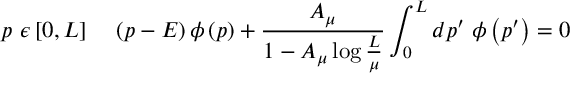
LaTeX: p \ \epsilon \left[ 0 , L \right] \; \; \; \; \left( p - E \right) \phi \left( p \right) + { \frac { A _ { \mu } } { 1 - A _ { \mu } \log { \frac { L } { \mu } } } } \int _ { 0 } ^ { L } d p ^ { \prime } \; \phi \left( p ^ { \prime } \right) = 0